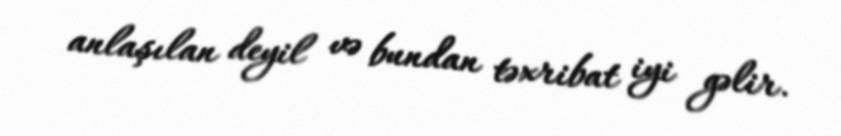
anlaşılan deyil və bundan təxribat iyi gəlir.